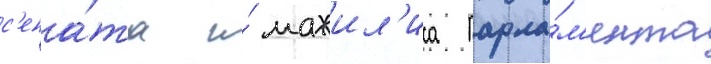
с'ена́та и́ мажил'иса парла́м'ента